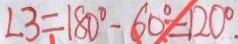
\angle 3 = 1 8 0 ^ { \circ } - 6 0 ^ { \circ } = 1 2 0 ^ { \circ } .